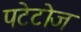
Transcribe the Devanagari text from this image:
पटेटोज